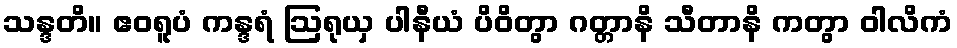
သန္ဒတိ။ ဧဝရူပံ ကန္ဒရံ ဩရုယှ ပါနီယံ ပိဝိတွာ ဂတ္တာနိ သီတာနိ ကတွာ ဝါလိကံ